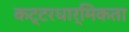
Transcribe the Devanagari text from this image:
कट्टरधार्मिकता